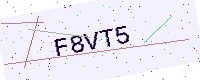
Text: F8VT5